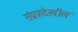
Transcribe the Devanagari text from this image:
संग्रहदेखील